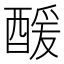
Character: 𮠹